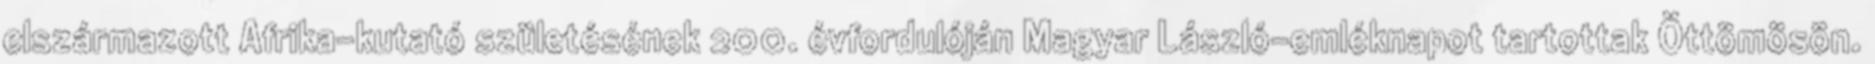
elszármazott Afrika-kutató születésének 200. évfordulóján Magyar László-emléknapot tartottak Öttömösön.